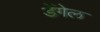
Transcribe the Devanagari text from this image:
डेंगेल